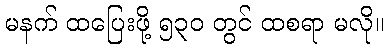
မနက် ထပြေးဖို့ ၅၃၀ တွင် ထစရာ မလို။